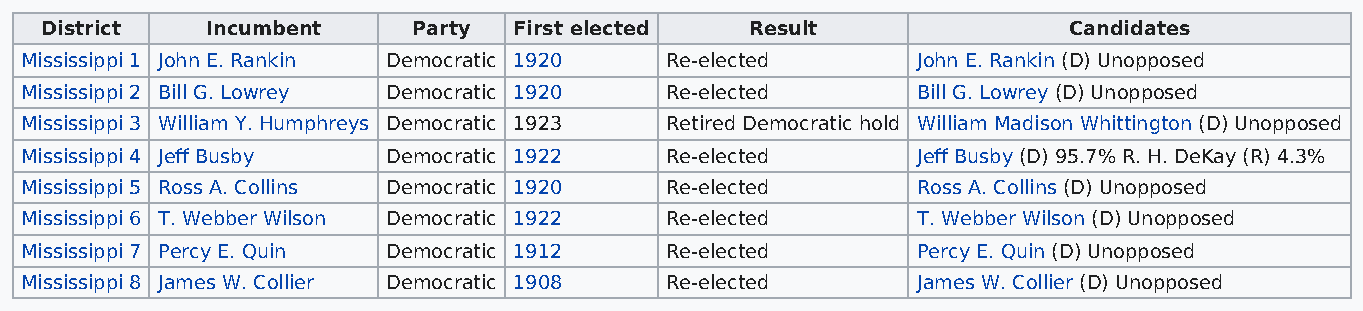
District   Incumbent    Party  First elected   Result               Candidates
 Mississippi 1 John E. Rankin Democratic 1920 Re-elected     John E. Rankin (D) Unopposed
 Mississippi 2 Bill G. Lowrey Democratic 1920 Re-elected     Bill G. Lowrey (D) Unopposed
 Mississippi 3 William Y. Humphreys Democratic 1923 Retired Democratic hold William Madison Whittington (D) Unopposed
 Mississippi 4 Jeff Busby Democratic 1922   Re-elected       Jeff Busby (D) 95.7% R. H. DeKay (R) 4.3%
 Mississippi 5 Ross A. Collins Democratic 1920 Re-elected    Ross A. Collins (D) Unopposed
 Mississippi 6 T. Webber Wilson Democratic 1922 Re-elected   T. Webber Wilson (D) Unopposed
 Mississippi 7 Percy E. Quin Democratic 1912 Re-elected      Percy E. Quin (D) Unopposed
 Mississippi 8 James W. Collier Democratic 1908 Re-elected   James W. Collier (D) Unopposed